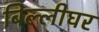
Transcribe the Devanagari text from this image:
बिल्लीघर